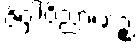
ဇိဝှါဝိညာဏဉ္စ